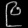
Digit: ၉